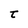
Character: t